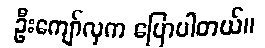
ဦးကျော်လှက ပြောပါတယ်။